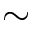
\sim